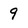
Character: 9